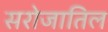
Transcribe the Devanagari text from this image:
सरोजातिल